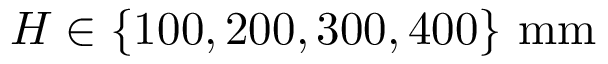
H \in \{ 1 0 0 , 2 0 0 , 3 0 0 , 4 0 0 \} \ \mathrm { m m }